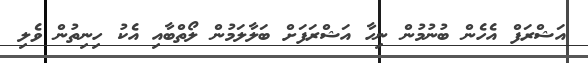
އަޝްރަފް އެހެން ބުނުމުން ނިހާ އަޝްރަފަށް ބަލާލަމުން ލޯތްބާއި އެކު ހިނިތުން ވެލި